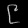
Digit: ၉